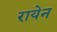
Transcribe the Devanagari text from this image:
रायेन